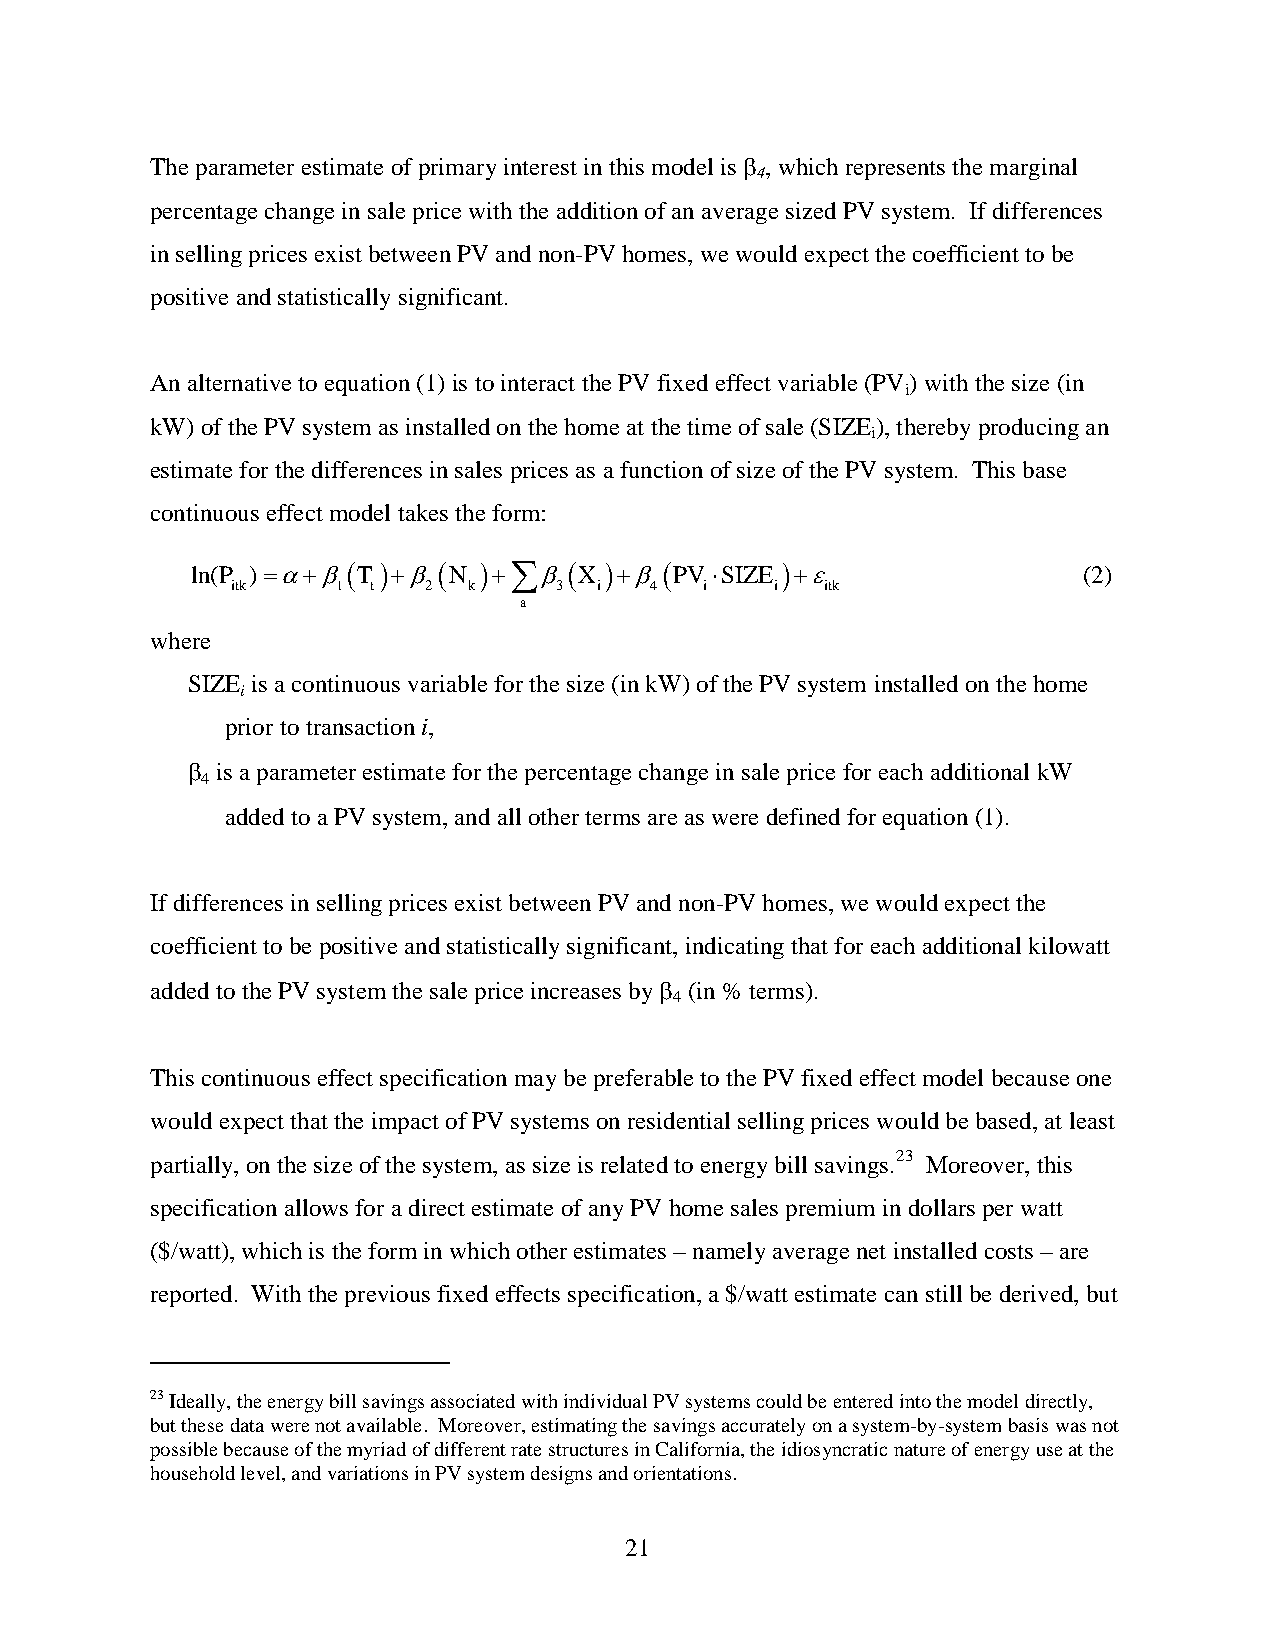
The parameter estimate of primary interest in this model is β , which represents the marginal
 4
 percentage change in sale price with the addition of an average sized PV system. If differences
 in selling prices exist between PV and non-PV homes, we would expect the coefficient to be
 positive and statistically significant.
 An alternative to equation (1) is to interact the PV fixed effect variable (PV) with the size (in
 i
 kW) of the PV system as installed on the home at the time of sale (SIZE), thereby producing an
 i
 estimate for the differences in sales prices as a function of size of the PV system. This base
 continuous effect model takes the form:
 ln(P )=α+β( T )+β ( N )+∑β( X )+β ( PV ⋅SIZE )+ε           (2)
 itk    1  t  2  k     3  i  4   i   i   itk
 a
 where
 SIZE is a continuous variable for the size (in kW) of the PV system installed on the home
 i
 prior to transaction i,
 β is a parameter estimate for the percentage change in sale price for each additional kW
 4
 added to a PV system, and all other terms are as were defined for equation (1).
 If differences in selling prices exist between PV and non-PV homes, we would expect the
 coefficient to be positive and statistically significant, indicating that for each additional kilowatt
 added to the PV system the sale price increases by β (in % terms).
 4
 This continuous effect specification may be preferable to the PV fixed effect model because one
 would expect that the impact of PV systems on residential selling prices would be based, at least
 partially, on the size of the system, as size is related to energy bill savings.23 Moreover, this
 specification allows for a direct estimate of any PV home sales premium in dollars per watt
 ($/watt), which is the form in which other estimates – namely average net installed costs – are
 reported. With the previous fixed effects specification, a $/watt estimate can still be derived, but
 23 Ideally, the energy bill savings associated with individual PV systems could be entered into the model directly,
 but these data were not available. Moreover, estimating the savings accurately on a system-by-system basis was not
 possible because of the myriad of different rate structures in California, the idiosyncratic nature of energy use at the
 household level, and variations in PV system designs and orientations.
 21